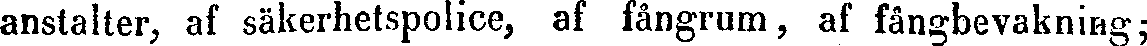
anstalter, af säkerhetspolice, af fångrum, af fångbevakning;